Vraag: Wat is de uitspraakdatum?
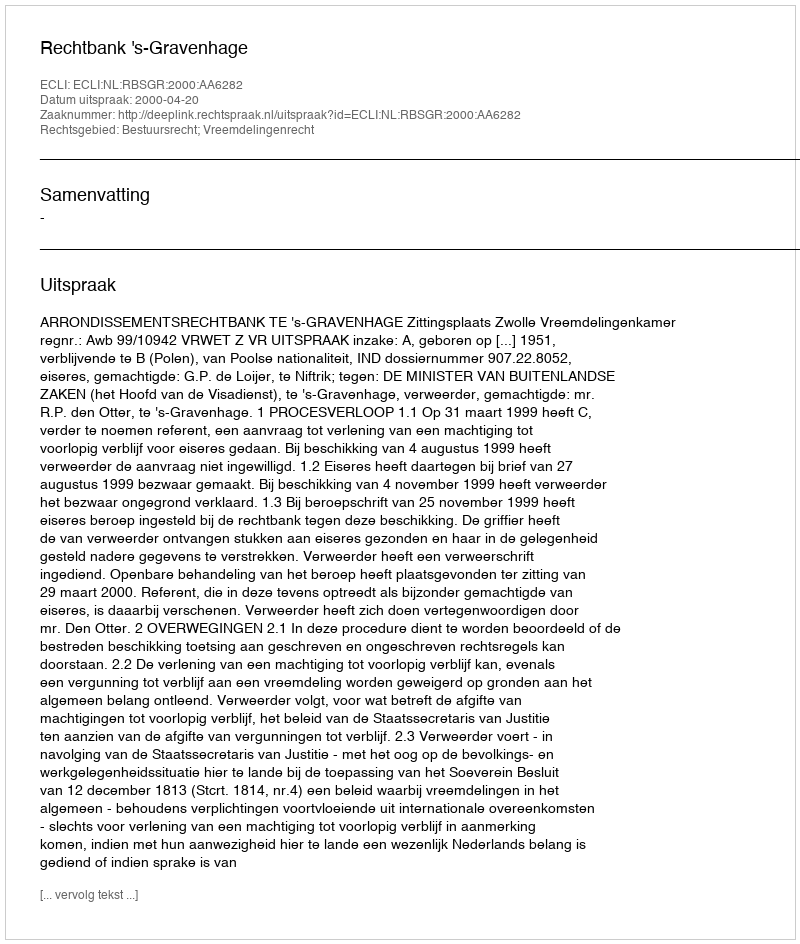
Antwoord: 2000-04-20